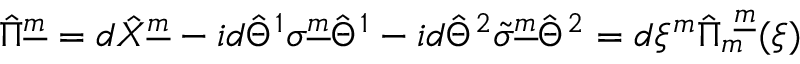
\hat { \Pi } ^ { \underline { { { m } } } } = d \hat { X } ^ { \underline { { { m } } } } - i d \hat { \Theta } ^ { 1 } { \sigma } ^ { \underline { { { m } } } } \hat { \Theta } ^ { 1 } - i d \hat { \Theta } ^ { 2 } \tilde { \sigma } ^ { \underline { { { m } } } } \hat { \Theta } ^ { 2 } = d \xi ^ { m } \hat { \Pi } _ { m } ^ { ~ \underline { { { m } } } } ( \xi )